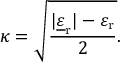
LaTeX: \kappa = { \sqrt { \frac { | { \underline { { \varepsilon } } } _ { \mathrm { r } } | - \varepsilon _ { \mathrm { r } } } { 2 } } } .